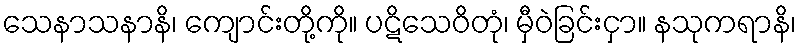
သေနာသနာနိ၊ ကျောင်းတို့ကို။ ပဋိသေဝိတုံ၊ မှီဝဲခြင်းငှာ။ နသုကရာနိ၊